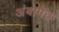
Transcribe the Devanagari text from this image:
अंबापेठ